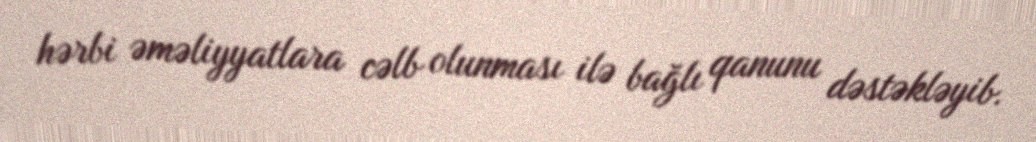
hərbi əməliyyatlara cəlb olunması ilə bağlı qanunu dəstəkləyib.